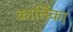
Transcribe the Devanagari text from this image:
कालिंका